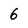
Character: 6